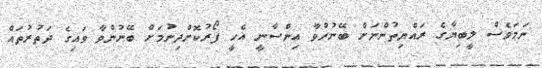
ނަމަވެސް ލީބިޔާގެ ރައްޔިތުންނަށް ބޭނުންވާ އިންސާނީ އެހީ ފޯރުކޮށްދިނުމަށް ބޭނުންވާ ވައިގެ ދަތުރުތައް